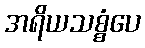
အရိယသစ္စံပေ